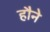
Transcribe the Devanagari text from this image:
हौने